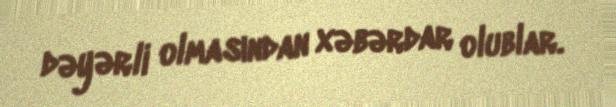
dəyərli olmasından xəbərdar olublar.